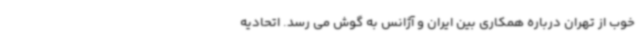
خوب از تهران درباره همکاری بین ایران و آژانس به گوش می رسد. اتحادیه